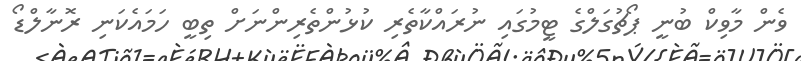
ވެން މާވިކް ބުނީ ޕޯޗުގަލްގެ ޓީމުގައި ނުރައްކާތެރި ކުޅުންތެރިންނަށް ތިބީ ހަމައެކަނި ރޮނާލްޑޯ